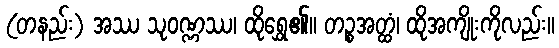
(တနည်း) အဿ သုဝဏ္ဏဿ၊ ထိုရွှေ၏။ တဉ္စအတ္ထံ၊ ထိုအကျိုးကိုလည်း။